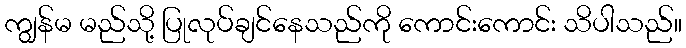
ကျွန်မ မည်သို့ ပြုလုပ်ချင်နေသည်ကို ကောင်းကောင်း သိပါသည်။